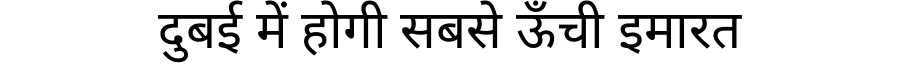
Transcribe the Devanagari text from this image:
दुबई में होगी सबसे ऊँची इमारत